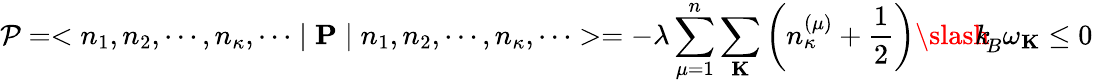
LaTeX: {\mathcal P}=<n_{1},n_{2},\cdots,n_{\kappa},\cdots\mid{\mathbf P}\mid n_{1},n_{2},\cdots,n_{\kappa},\cdots>=-\lambda\sum_{\mu=1}^{n}\sum_{\mathbf K}\left(n_{\kappa}^{(\mu)}+\frac{1}{2}\right){\slash\! \! \! k}_{\! {B}}\omega_{\mathbf K}\leq 0